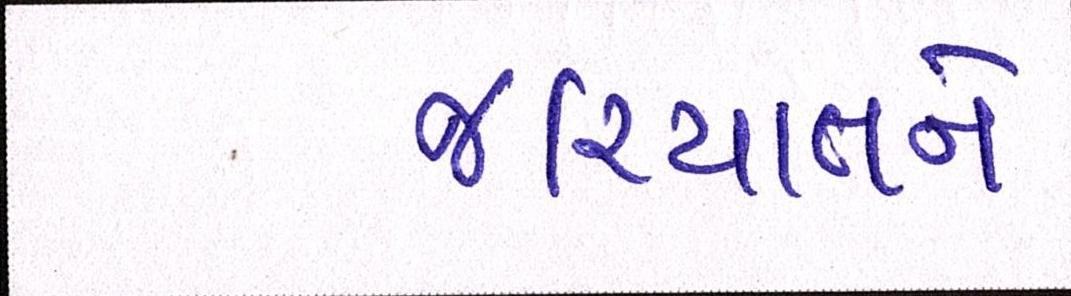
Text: જરિયાતને